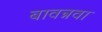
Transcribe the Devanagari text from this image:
बावन्नवा